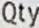
QTY